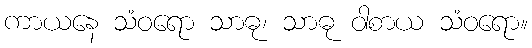
ကာယနေ သံဝရော သာဓု၊ သာဓု ဝါစာယ သံဝရော။